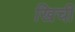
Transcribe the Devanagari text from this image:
खिची